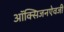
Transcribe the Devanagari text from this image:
ऑक्सिजनऐवजी